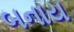
બનાય